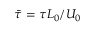
\bar { \tau } = \tau L _ { 0 } / U _ { 0 }